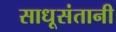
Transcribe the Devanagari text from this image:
साधूसंतानी